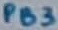
Text: PB3